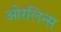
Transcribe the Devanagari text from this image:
ओरलिन्स